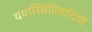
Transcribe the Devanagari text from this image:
यथास्थितिवादियों